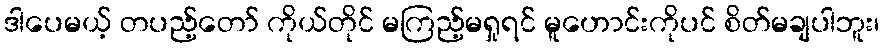
ဒါပေမယ့် တပည့်တော် ကိုယ်တိုင် မကြည့်မရှုရင် မူဟောင်းကိုပင် စိတ်မချပါဘူး၊